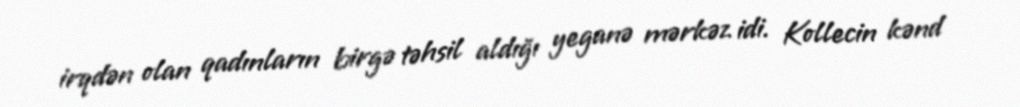
irqdən olan qadınların birgə təhsil aldığı yeganə mərkəz idi. Kollecin kənd